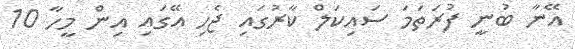
އޭނާ ބުނީ ފުރަތަމަ ސައިކަލް ކާރުގައި ޖެހި އޭގައި އިން މީހާ 10